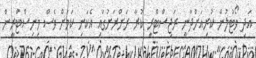
އަދި ވޯޓުލުން ކުރިއަށްދާނީ ރަޖިސްޓްރީ ކުރާ ރަށްރަށުގައި އެކަނި ކަމަށް ވެސް މިނިސްޓްރީން